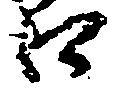
口